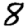
Digit: 8